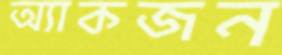
অ্যাকজন